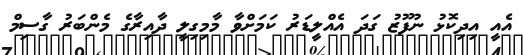
އެއީ އިދިކޮޅު ނުފޫޒު ގަދަ އެއްލީޑަރު ކަމަށްވާ މާމިގިލީ ދާއިރާގެ މެންބަރު ގާސިމް